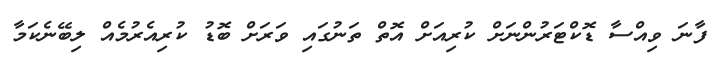
ފާނަ ވިއްސާ ޑޮކްޓަރުންނަށް ކުރިއަށް އޮތް ތަނުގައި ވަރަށް ބޮޑު ކުރިއެރުމެއް ލިބޭނެކަމާ